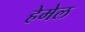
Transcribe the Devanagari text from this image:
हेमेल